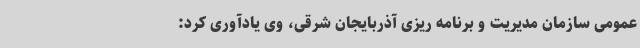
عمومی سازمان مدیریت و برنامه ریزی آذربایجان شرقی، وی یادآوری کرد: